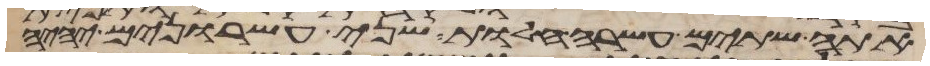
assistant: אתה שתים עשרה חלות שני עשרנים יהיה